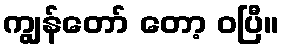
ကျွန်တော် တော့ ဝပြီ။